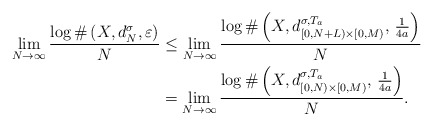
\begin{align*} \lim_{N\to \infty} \frac{\log \#\left(X, d^\sigma_N,\varepsilon\right)}{N} &\leq \lim_{N\to \infty} \frac{\log \#\left(X, d^{\sigma, T_a}_{[0, N+L)\times [0,M)},\, \frac{1}{4a}\right)}{N} \\ & = \lim_{N\to \infty} \frac{\log \#\left(X, d^{\sigma, T_a}_{[0, N)\times [0,M)},\, \frac{1}{4a}\right)}{N}.\end{align*}